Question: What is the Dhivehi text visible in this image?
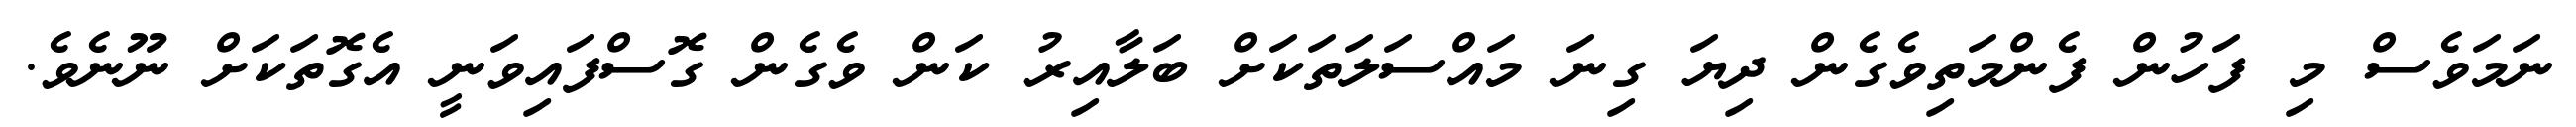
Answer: ނަމަވެސް މި ފަހުން ފެންމަތިވެގެން ދިޔަ ގިނަ މައްސަލަތަކަށް ބަލާއިރު ކަން ވެގެން ގޮސްފައިވަނީ އެގޮތަކަށް ނޫނެވެ.